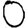
Digit: 0